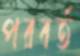
পরবর্ত